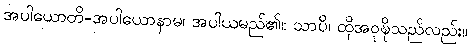
အပါယောတိ-အပါယောနာမ၊ အပါယမည်၏။ သာပိ၊ ထိုအဝုဍ္ဎိသည်လည်း။